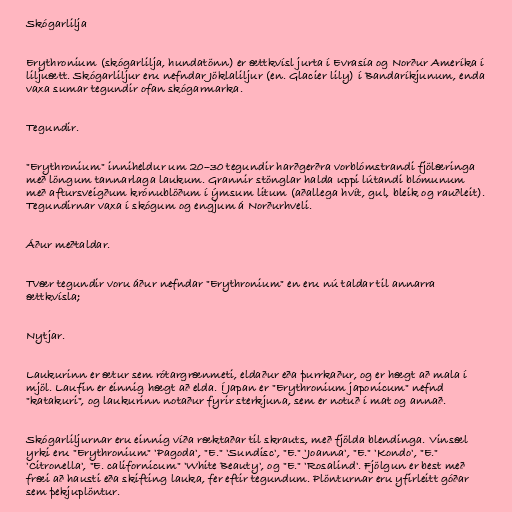
Skógarlilja

Erythronium (skógarlilja, hundatönn) er ættkvísl jurta í Evrasía og Norður Ameríka í
liljuætt. Skógarliljur eru nefndar Jöklaliljur (en. Glacier lily) í Bandaríkjunum, enda
vaxa sumar tegundir ofan skógarmarka.

Tegundir.

"Erythronium" inniheldur um 20–30 tegundir harðgerðra vorblómstrandi fjölæringa
með löngum tannarlaga laukum. Grannir stönglar halda uppi lútandi blómunum
með aftursveigðum krónublöðum í ýmsum litum (aðallega hvít, gul, bleik og rauðleit).
Tegundirnar vaxa í skógum og engjum á Norðurhveli.

Áður meðtaldar.

Tvær tegundir voru áður nefndar "Erythronium" en eru nú taldar til annarra
ættkvísla;

Nytjar.

Laukurinn er ætur sem rótargrænmeti, eldaður eða þurrkaður, og er hægt að mala í
mjöl. Laufin er einnig hægt að elda. Í Japan er "Erythronium japonicum" nefnd
"katakuri", og laukurinn notaður fyrir sterkjuna, sem er notuð í mat og annað.

Skógarliljurnar eru einnig víða ræktaðar til skrauts, með fjölda blendinga. Vinsæl
yrki eru "Erythronium" 'Pagoda', "E." 'Sundisc', "E." 'Joanna', "E." 'Kondo', "E."
'Citronella', "E. californicum" 'White Beauty', og "E." 'Rosalind'. Fjölgun er best með
fræi að hausti eða skifting lauka, fer eftir tegundum. Plönturnar eru yfirleitt góðar
sem þekjuplöntur.